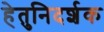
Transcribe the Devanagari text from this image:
हेतुनिदर्शक